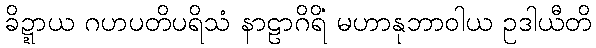
ခိဍ္ဍာယ ဂဟပတိပရိသံ နာဠာဂိရိံ မဟာနုဘာဝါယ ဥဒါယီတိ